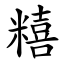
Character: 糦